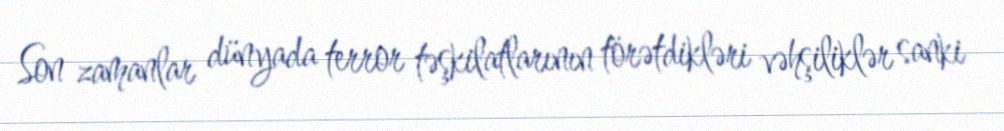
Son zamanlar dünyada terror təşkilatlarının törətdikləri vəhşiliklər sanki